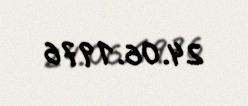
24.06.1976